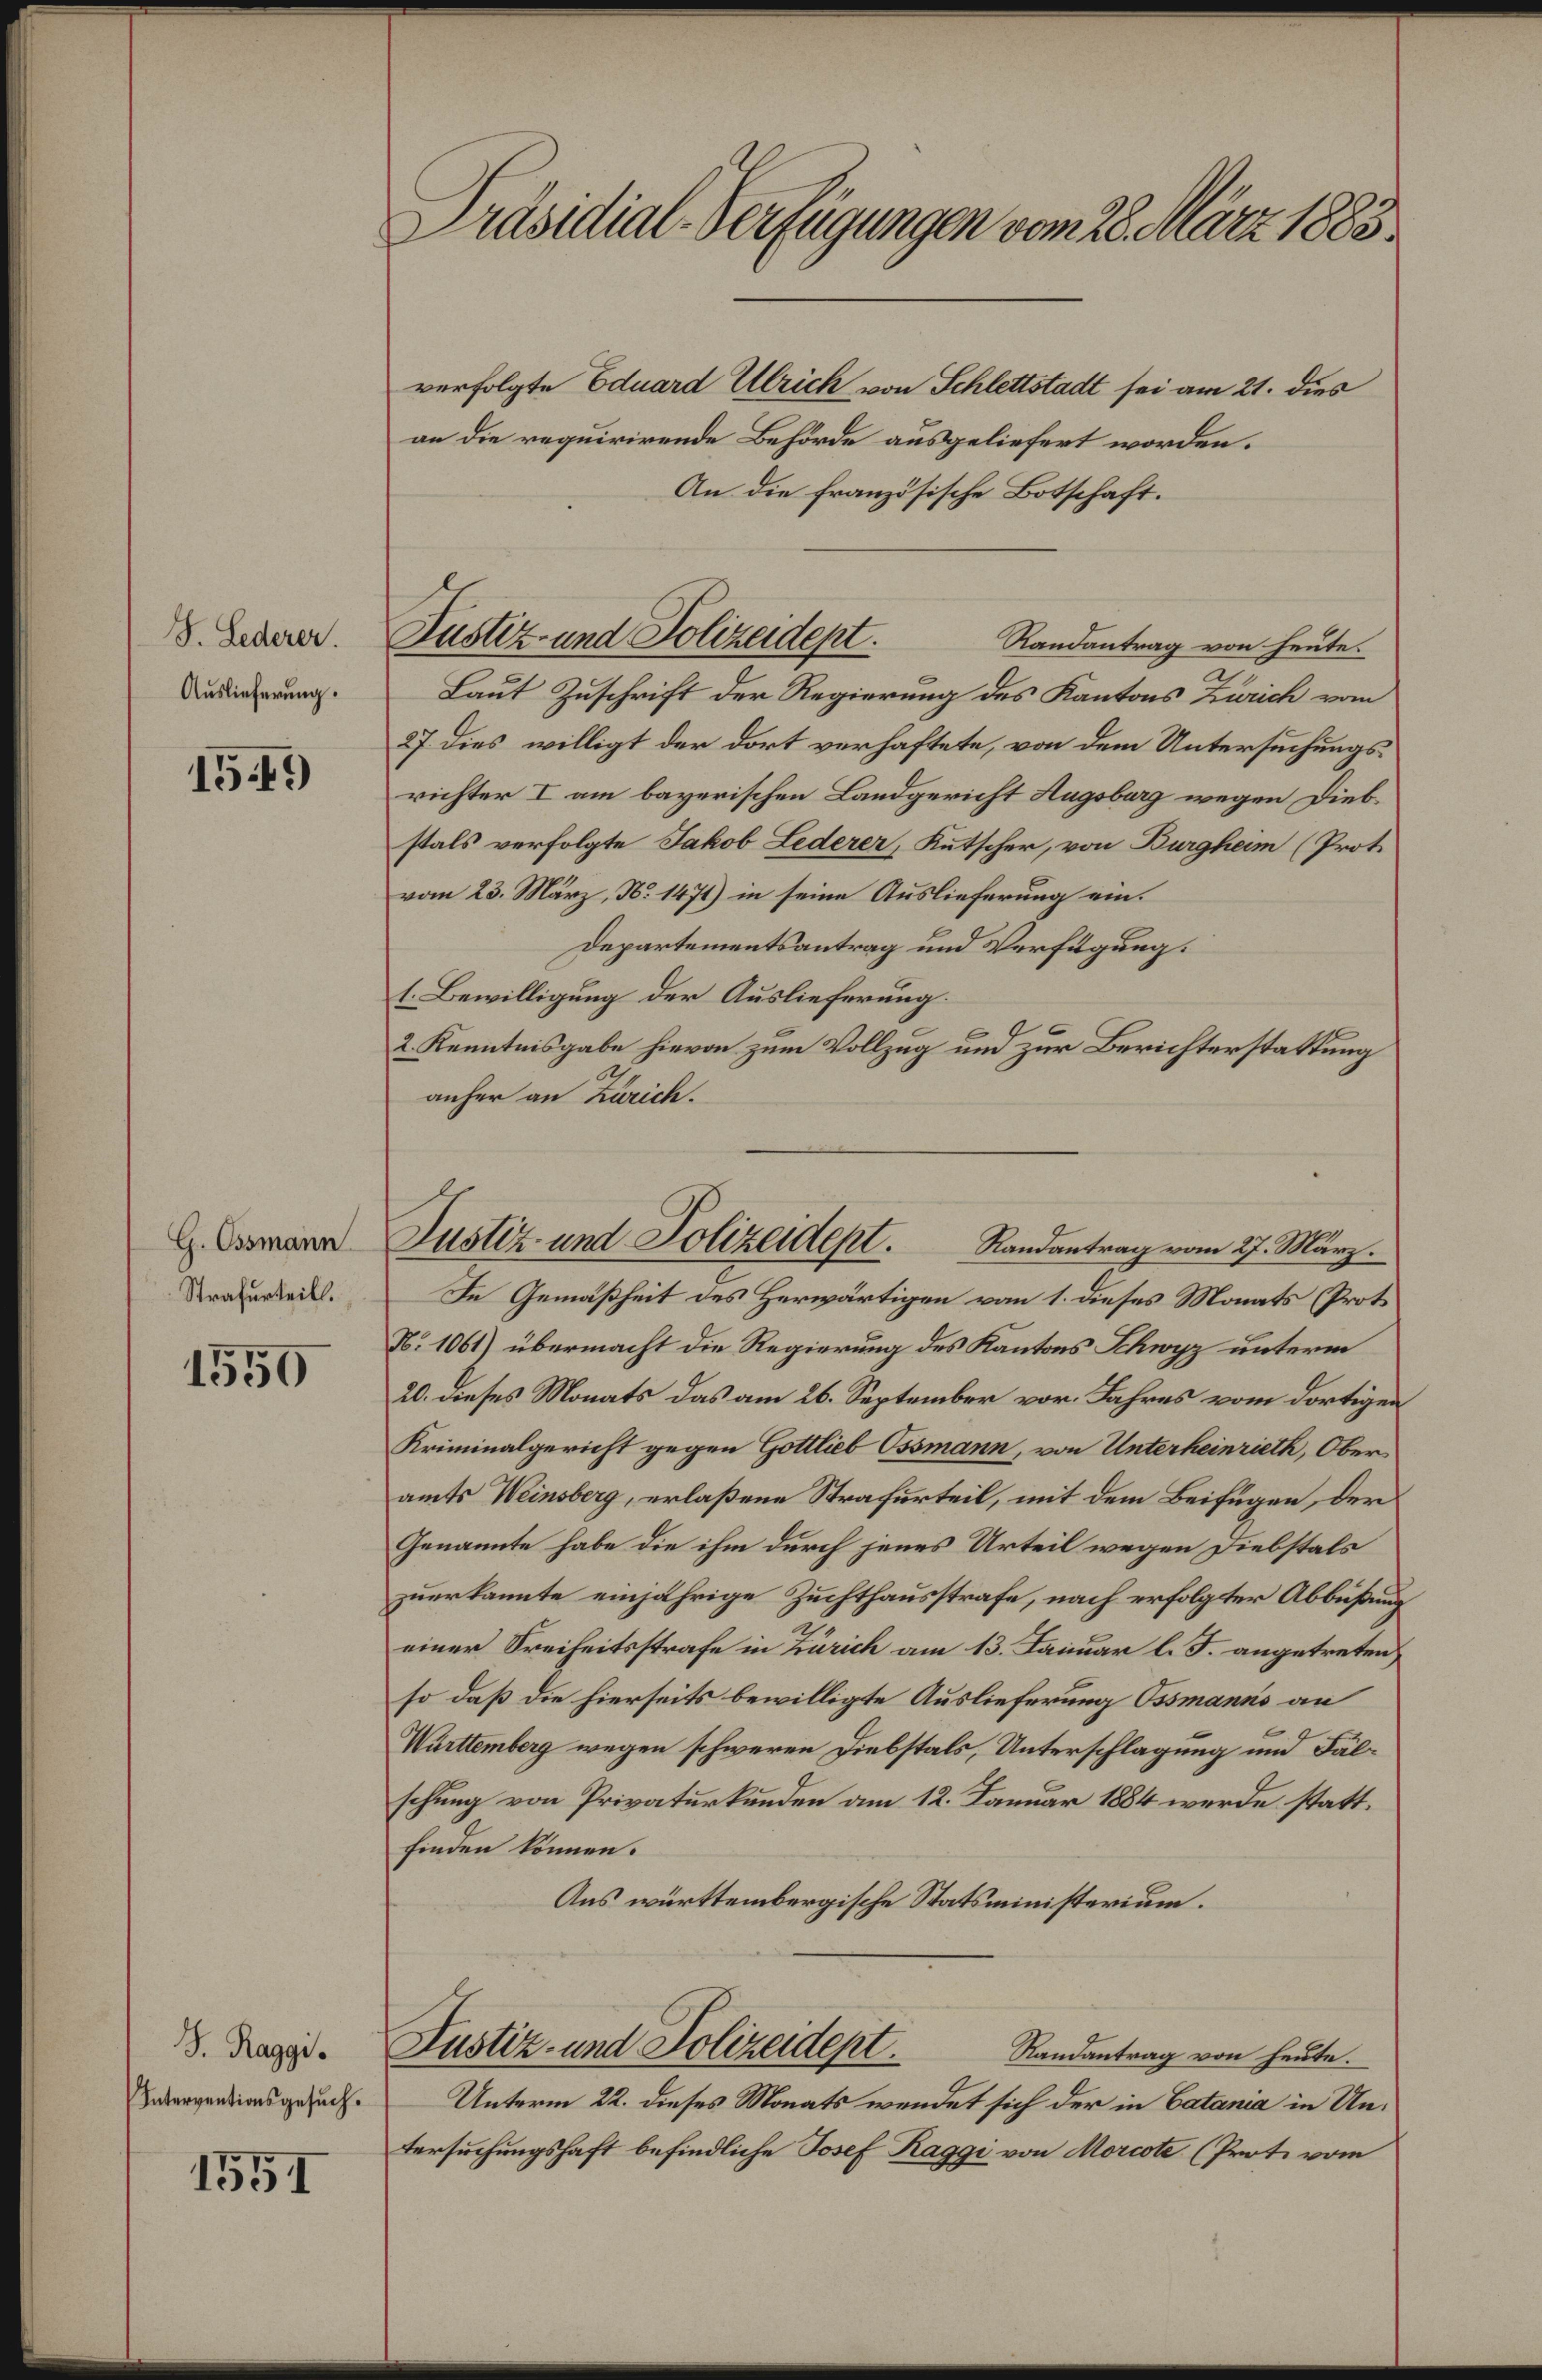
S. Lederer.
Auslieferung.

1549)

G. Ossmann
Strafurteils.

1550

S. Raggi.
Interventionsgesuch.

1551

Präsidial-Verfügungen vom 28. März 1883.

verfolgte Eduard Ulrich von Schlettstadt sei am 21. dies
an die requirirende Behörde ausgeliefert worden.
An die französische Botschaft.
Randantrag von heute.
Laut Zuschrift der Regierung des Kantons Zürich vom
27 dies willigt der dort verhaftete, von dem Untersuchungsrichter I am bayerischen Landgericht Hugsburg wegen Diebstals verfolgte Jakob Lederer, Kutscher, von Burgheim (Prot.
vom 23. März, No 1471) in seine Auslieferung ein¬
Departementsantrag und Verfügung.
t. Bewilligung der Auslieferung.
2. Kenntnisgabe hievon zum Vollzug und zur Berichterstattung
anher an Zürich.
In Gemäßheit des Herwärtigen vom 1. dieses Monats (Proto
N. 1061) übermacht die Regierung des Kantons Schwyz unterm
20. dieses Monats das am 26. September vor. Jahres vom dortigen
Kriminalgericht gegen Gottlieb Ossmann, von Unterheinrieth, Oberamts Weinsberg, erlaßene Strafurteil, mit dem Beifügen, der
Genannte habe die ihm durch jenes Urteil wegen Diebstals
zuerkannte einjährige Zuchthausstrafe, nach erfolgter Abbüßung
einer Freiheitsstrafe in Zürich am 13. Januar l. J. angetreten,
so daß die hierseits bewilligte Auslieferung Ossmanns an
Württemberg wegen schweren Diebstals, Unterschlagung und Fälschung von Privaturkunden am 12. Januar 1884 werde stattfinden können.
Aus württembergische Statsministerium.
Justiz- und Polizeidept.
Randantrag von heute.
Unterm 22. dieses Monats wendet sich der in Catania in Untersuchungshaft befindliche Josef Raggi von Morcote (Prote vom

Justiz- und Polizeidept.

Justiz- und Polizeidept. Randantrag vom 27. März.